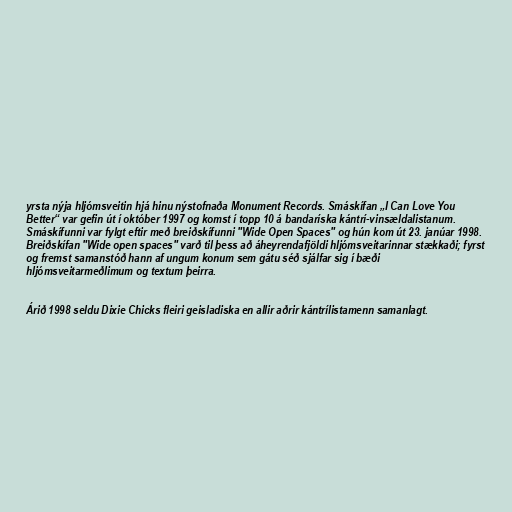
yrsta nýja hljómsveitin hjá hinu nýstofnaða Monument Records. Smáskífan „I Can Love You
Better“ var gefin út í október 1997 og komst í topp 10 á bandaríska kántrí-vinsældalistanum.
Smáskífunni var fylgt eftir með breiðskífunni "Wide Open Spaces" og hún kom út 23. janúar 1998.
Breiðskífan "Wide open spaces" varð til þess að áheyrendafjöldi hljómsveitarinnar stækkaði; fyrst
og fremst samanstóð hann af ungum konum sem gátu séð sjálfar sig í bæði
hljómsveitarmeðlimum og textum þeirra.

Árið 1998 seldu Dixie Chicks fleiri geisladiska en allir aðrir kántrílistamenn samanlagt.